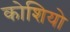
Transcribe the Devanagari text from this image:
कोशियो